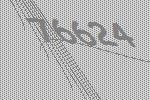
76624